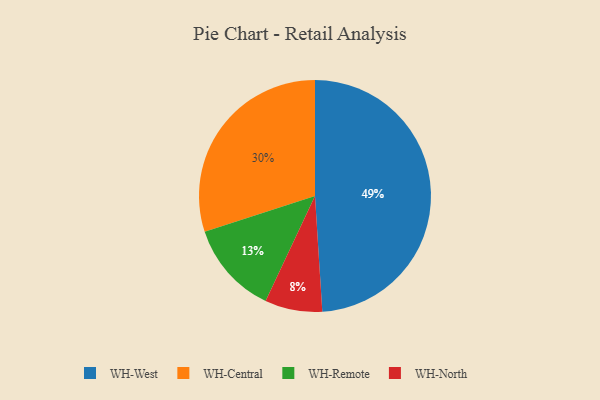
{"axis": {"x": "Category", "y": "Percentage"}, "legend": ["WH-Central", "WH-North", "WH-Remote", "WH-West"], "data": [{"x": "WH-Remote", "y": 13, "type": "WH-Remote"}, {"x": "WH-Central", "y": 30, "type": "WH-Central"}, {"x": "WH-North", "y": 8, "type": "WH-North"}, {"x": "WH-West", "y": 49, "type": "WH-West"}]}